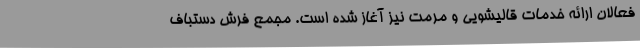
فعالان ارائه خدمات قالیشویی و مرمت نیز آغاز شده است. مجمع فرش دستباف